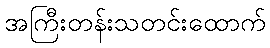
အကြီးတန်းသတင်းထောက်